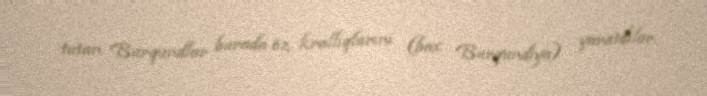
tutan Burqundlar burada öz krallıqlarını (bax Burqundiya) yaratdılar.